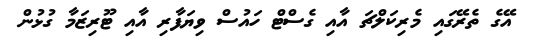
އޭގެ ތެރޭގައި މެރިކަލްޗަ އާއި ގެސްޓް ހައުސް ވިޔަފާރި އާއި ޓޫރިޒަމާ ގުޅުން